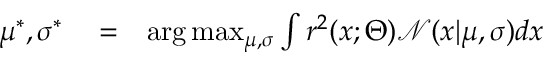
\begin{array} { r l r } { \mu ^ { * } , \sigma ^ { * } } & { { } = } & { \arg \operatorname* { m a x } _ { \mu , \sigma } \int r ^ { 2 } ( x ; \Theta ) \mathcal { N } ( x | \mu , \sigma ) d x } \end{array}